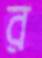
র